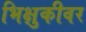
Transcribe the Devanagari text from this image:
भिक्षुकीवर